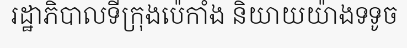
រដ្ឋាភិបាលទីក្រុងប៉េកាំង និយាយយ៉ាងទទូច